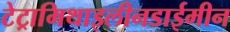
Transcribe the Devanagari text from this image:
टेट्रामिथाइलीनडाईमीन